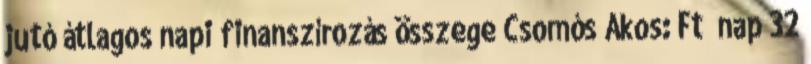
jutó átlagos napi finanszírozás összege Csomós Ákos: Ft nap 32